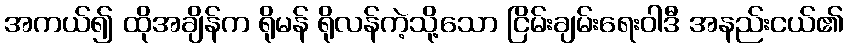
အကယ်၍ ထိုအချိန်က ရိုမန် ရိုလန်ကဲ့သို့သော ငြိမ်းချမ်းရေးဝါဒီ အနည်းငယ်၏